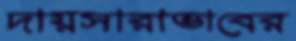
দায়সারাভাবের